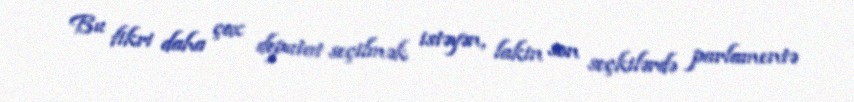
Bu fikri daha çox deputat seçilmək istəyən, lakin son seçkilərdə parlamentə